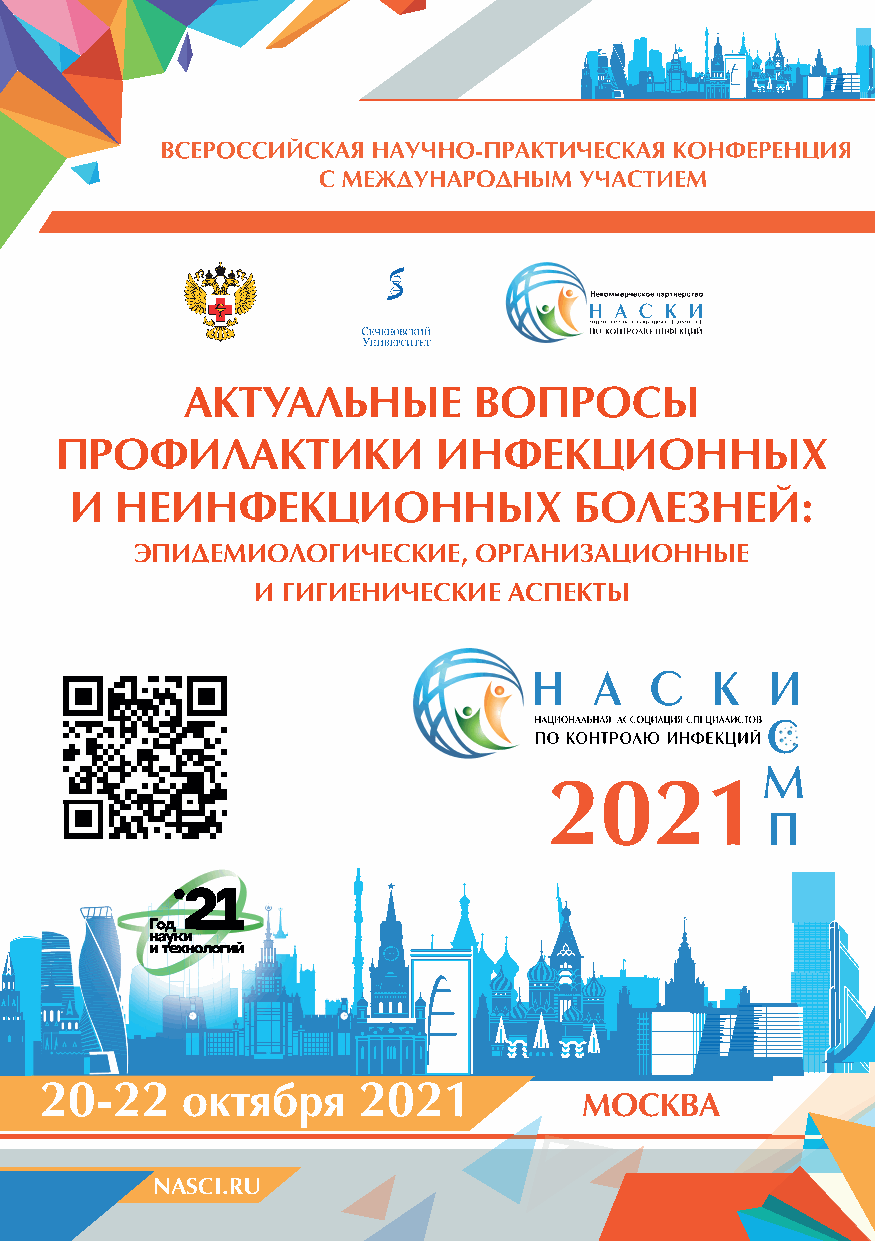
ÀÊÒÓÀËÜÍÛÅ         ÂÎÏÐÎÑÛ
 ÏÐÎÔÈËÀÊÒÈÊÈ             ÈÍÔÅÊÖÈÎÍÍÛÕ
 È  ÍÅÈÍÔÅÊÖÈÎÍÍÛÕ                ÁÎËÅÇÍÅÉ:
 ÝÏÈÄÅÌÈÎËÎÃÈ×ÅÑÊÈÅ,   ÎÐÃÀÍÈÇÀÖÈÎÍÍÛÅ
 È ÃÈÃÈÅÍÈ×ÅÑÊÈÅ  ÀÑÏÅÊÒÛ
 2200-2222 îêòÿááðÿ   2021
 ÌÎÑÊÂÀ
 NASCI.RU